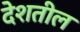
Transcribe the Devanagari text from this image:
देशतील